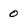
Character: 0